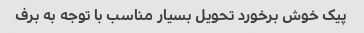
پیک خوش برخورد تحویل بسیار مناسب با توجه به برف